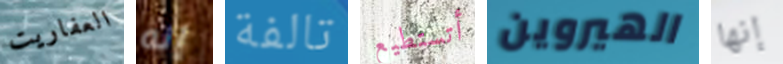
العفاريت إنه تالفة أتستطيع الهيروين إنها